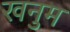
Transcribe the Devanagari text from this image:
खनुम